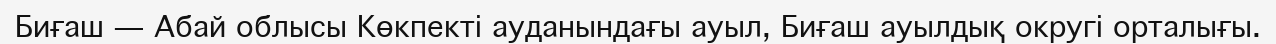
Биғаш — Абай облысы Көкпекті ауданындағы ауыл, Биғаш ауылдық округі орталығы.